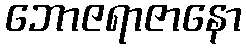
ဘောဇရာဇာနော